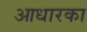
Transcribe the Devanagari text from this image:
आधारका